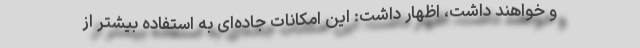
و خواهند داشت، اظهار داشت: این امکانات جاده‌ای به استفاده بیشتر از